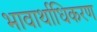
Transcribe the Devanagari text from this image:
भावार्थाधिकरण